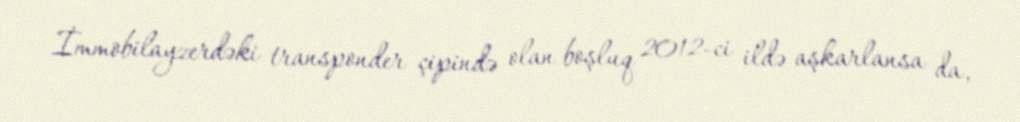
İmmobilayzerdəki transponder çipində olan boşluq 2012-ci ildə aşkarlansa da,